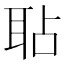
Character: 𦕒